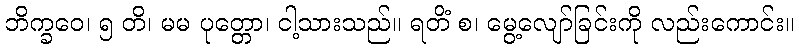
ဘိက္ခဝေ၊ ၅ တိ၊ မမ ပုတ္တော၊ ငါ့သားသည်။ ရတိံ စ၊ မွေ့လျော်ခြင်းကို လည်းကောင်း။